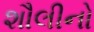
શૌલીનો